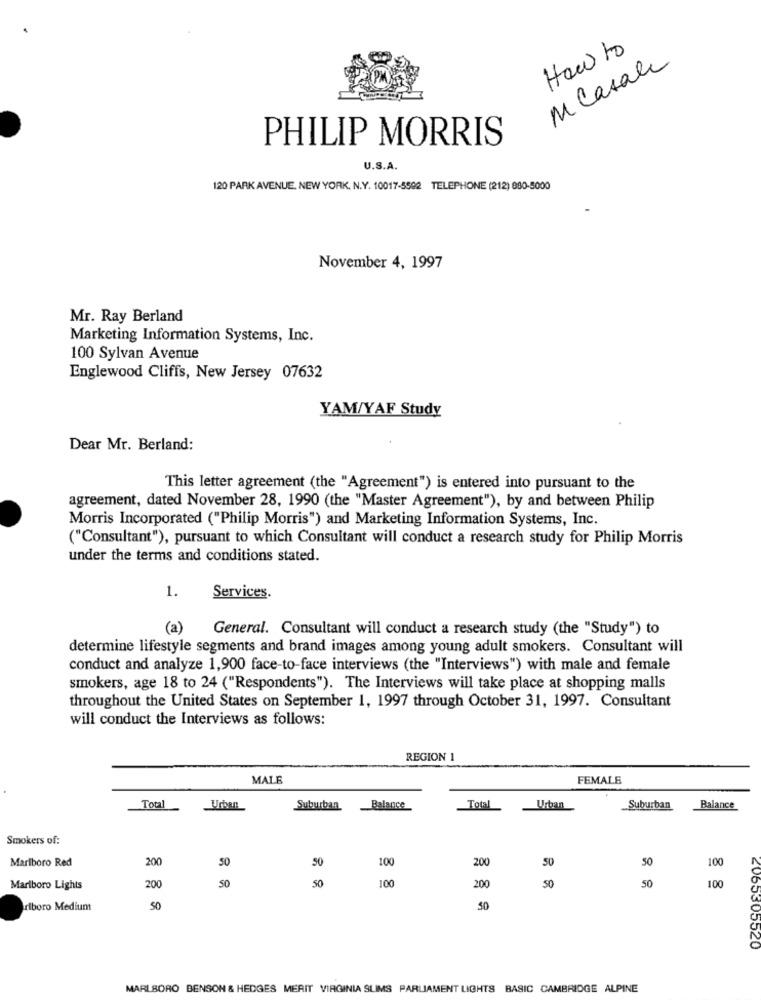
How to
M Casale
PHILIP MORRIS
U.S.A.
120 PARK AVENUE, NEW YORK, N.Y. 10017-5592 TELEPHONE (212) 880-5000
November 4, 1997
Mr. Ray Berland
Marketing Information Systems, Inc.
100 Sylvan Avenue
Englewood Cliffs, New Jersey 07632
YAM/YAF Study
Dear Mr. Berland:
This letter agreement (the "Agreement") is entered into pursuant to the
agreement, dated November 28, 1990 (the "Master Agreement"), by and between Philip
Morris Incorporated ("Philip Morris") and Marketing Information Systems, Inc.
("Consultant"), pursuant to which Consultant will conduct a research study for Philip Morris
under the terms and conditions stated.
1.
Services.
(a)
General. Consultant will conduct a research study (the "Study") to
determine lifestyle segments and brand images among young adult smokers. Consultant will
conduct and analyze 1,900 face-to-face interviews (the "Interviews") with male and female
smokers, age 18 to 24 ("Respondents"). The Interviews will take place at shopping malls
throughout the United States on September 1, 1997 through October 31, 1997. Consultant
will conduct the Interviews as follows:
REGION 1
MALE
FEMALE
Total
Suburban
Balance
Total
Urban
Suburban
Balance
Smokers of:
Marlboro Red
200
50
50
100
200
50
50
100
200
50
100
200
50
50
Marlboro Lights
50
100
alboro Medium
50
50
2065305520
MARLBORO BENSON & HEDGES MERIT VIRGINIA SUMS PARLIAMENT LIGHTS BASIC CAMBRIDGE ALPINE